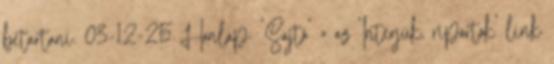
betartani. 03-12-25 Honlap: 'Sajtó' » az 'Interjúk, riportok' link